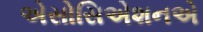
એસોસિએશનએ